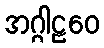
အဂ္ဂါဠဝေ